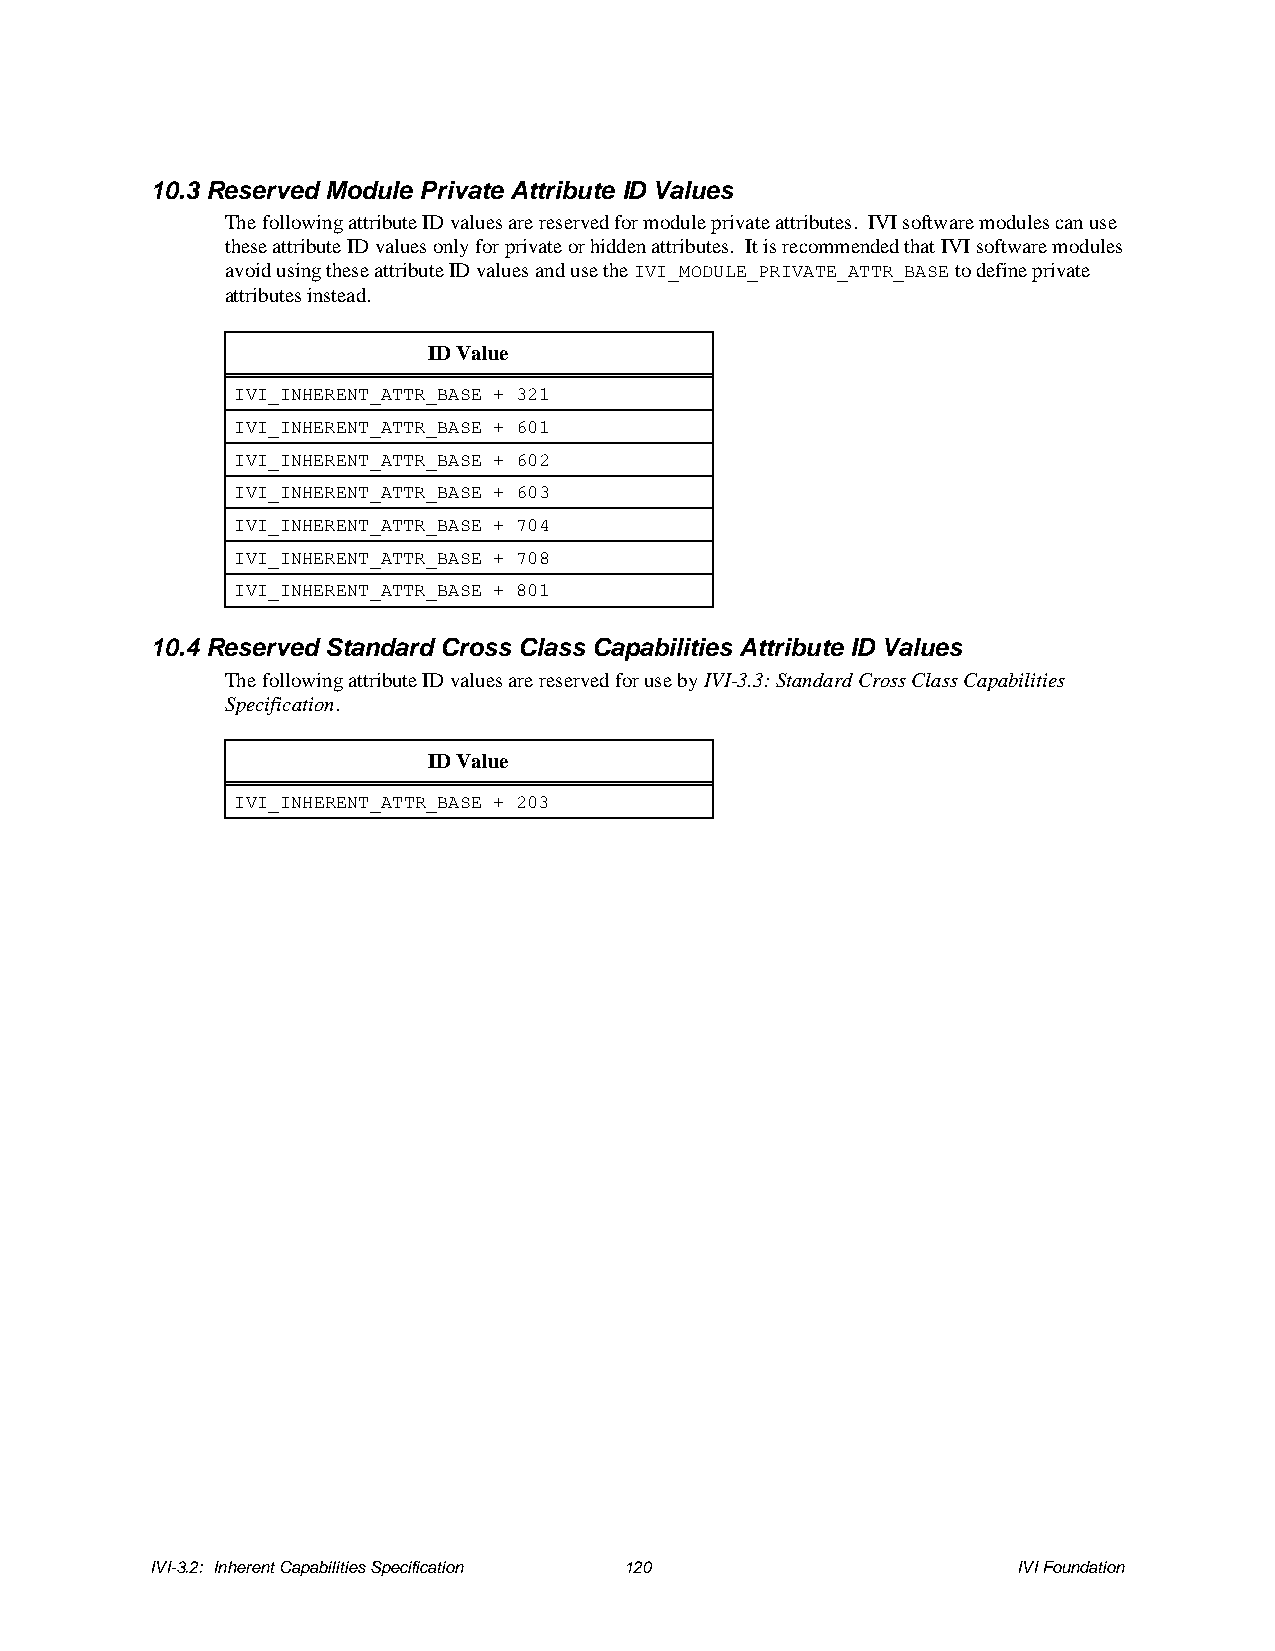
10.3 Reserved Module Private Attribute ID Values
 The following attribute ID values are reserved for module private attributes. IVI software modules can use
 these attribute ID values only for private or hidden attributes. It is recommended that IVI software modules
 avoid using these attribute ID values and use the IVI_MODULE_PRIVATE_ATTR_BASE to define private
 attributes instead.
 ID Value
 IVI_INHERENT_ATTR_BASE + 321
 IVI_INHERENT_ATTR_BASE + 601
 IVI_INHERENT_ATTR_BASE + 602
 IVI_INHERENT_ATTR_BASE + 603
 IVI_INHERENT_ATTR_BASE + 704
 IVI_INHERENT_ATTR_BASE + 708
 IVI_INHERENT_ATTR_BASE + 801
 10.4 Reserved Standard Cross Class Capabilities Attribute ID Values
 The following attribute ID values are reserved for use by IVI-3.3: Standard Cross Class Capabilities
 Specification.
 ID Value
 IVI_INHERENT_ATTR_BASE + 203
 IVI-3.2: Inherent Capabilities Specification 120         IVI Foundation